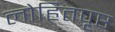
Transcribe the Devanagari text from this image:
लोहितपृष्ठ